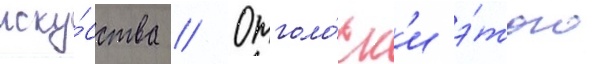
иску́сства // Отголо́ск'и э́того